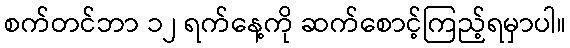
စက်တင်ဘာ ၁၂ ရက်နေ့ကို ဆက်စောင့်ကြည့်ရမှာပါ။